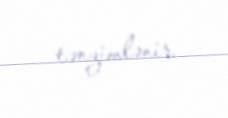
tənzimlənir.